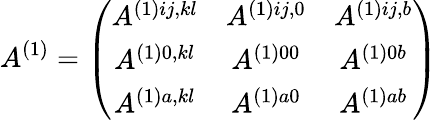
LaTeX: A^{(1)}=\left(\begin{array}{ccc}{{A^{(1)ij,kl}}}&{{A^{(1)ij,0}}}&{{A^{(1)ij,b}}}\\ {{A^{(1)0,kl}}}&{{A^{(1)00}}}&{{A^{(1)0b}}}\\ {{A^{(1)a,kl}}}&{{A^{(1)a0}}}&{{A^{(1)ab}}}\end{array}\right)